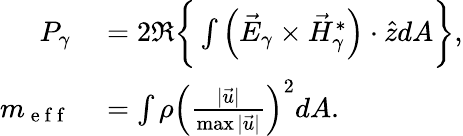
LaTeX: \begin{array}{rl}{P_{\gamma}}&{{}=2\Re\bigg\{ \int\left(\vec{E}_{\gamma}\times\vec{H}_{\gamma}^{*}\right)\cdot\hat{z}dA\bigg\} ,}\\ {m_{\mathrm{~e~f~f~}}}&{{}=\int\rho\left(\frac{|\vec{u}|}{\operatorname*{max}|\vec{u}|}\right)^{2}dA.}\end{array}